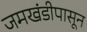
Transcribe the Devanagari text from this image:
जमखंडीपासून